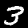
Digit: 3